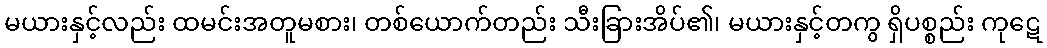
မယားနှင့်လည်း ထမင်းအတူမစား၊ တစ်ယောက်တည်း သီးခြားအိပ်၏၊ မယားနှင့်တကွ ရှိပစ္စည်း ကုဋေ